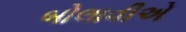
બોલાવીએ